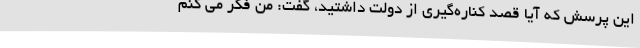
این پرسش که آیا قصد کناره‌گیری از دولت داشتید، گفت: من فکر می کنم